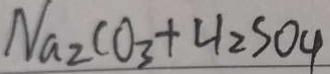
N a _ { 2 } C O _ { 3 } + H _ { 2 } S O _ { 4 }